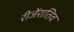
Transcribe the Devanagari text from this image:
रीजेंरातिव